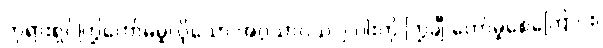
ဘုရားရှင်ကြွတော်မမူလိုသော အဂ္ဂသာဝသ ၂-ပါးကို ကြွချီ တော်မူစေကြောင်း၊